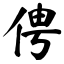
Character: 俜